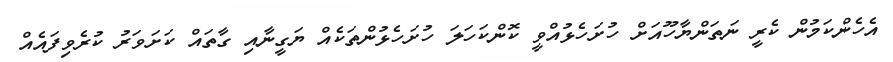
އެހެންކަމުން ކެރީ ނަތަންޔާހޫއަށް ހުށަހެޅުއްވީ ކޮންކަހަލަ ހުށަހެޅުންތަކެއް ޔަގީނާއި ގާތައް ކަށަވަރު ކުރެވިފައެއް